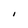
Character: I